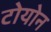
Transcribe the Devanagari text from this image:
टोयोन